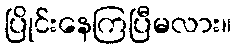
ပြိုင်းနေကြပြီမလား။